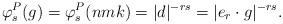
LaTeX: \begin{align*}\varphi^P_s(g) = \varphi^P_s(nmk)=|d|^{-rs} = |e_r\cdot g|^{-rs}.\end{align*}